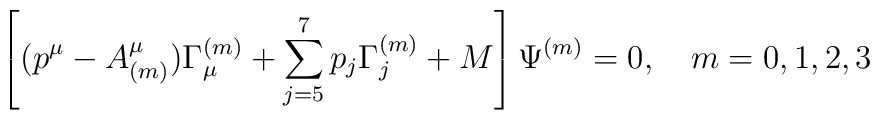
\left[(p^\mu-A^\mu_{(m)})\Gamma_\mu^{(m)}+\sum^7_{j=5} p_j\Gamma^{(m)}_j +M\right]\Psi^{(m)}=0,\quad m=0,1,2,3